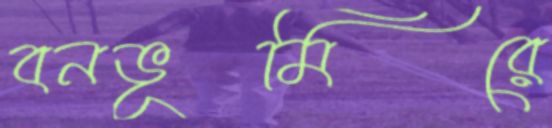
বনভূমিরে